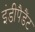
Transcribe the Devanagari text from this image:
इंडीपैडैंट